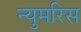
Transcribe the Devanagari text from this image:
न्युमरिस